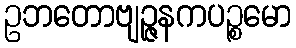
ဥဘတောဗျဉ္ဇနကပဉ္စမော